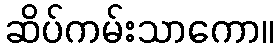
ဆိပ်ကမ်းသာကော။